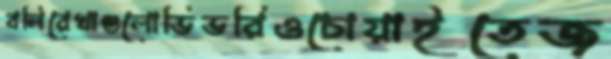
বলিরেখাগুলোভিভরিওচোয়াইতেজ